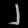
Digit: ၂